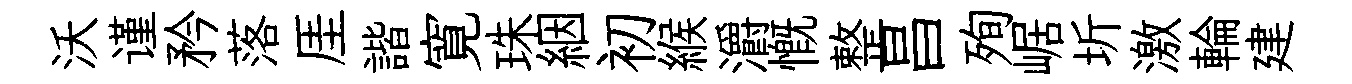
沃谨矜落厓諧寛珠絪初緱灂慨整昌殉崌圻激輪建